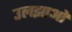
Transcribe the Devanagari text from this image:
उलझाओ